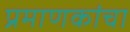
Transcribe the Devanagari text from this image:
प्रमाणकांचा